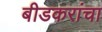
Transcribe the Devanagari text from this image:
बीडकरांचा